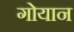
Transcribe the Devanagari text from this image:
गोयान